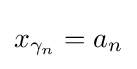
x_{\gamma _{n}}=a_{n}